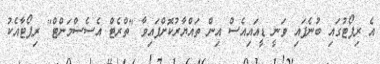
އެ ރިޕޯޓުގައި ބުނެފައި ވަނީ ޑީއައިއެސް އިން ތައްޔާރުކޮށްފައިވާ "ތްރެޓް އެސެސްމަންޓް" ރިޕޯޓާއެކު